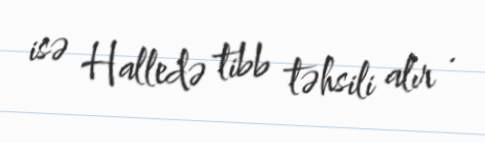
isə Halledə tibb təhsili alır .